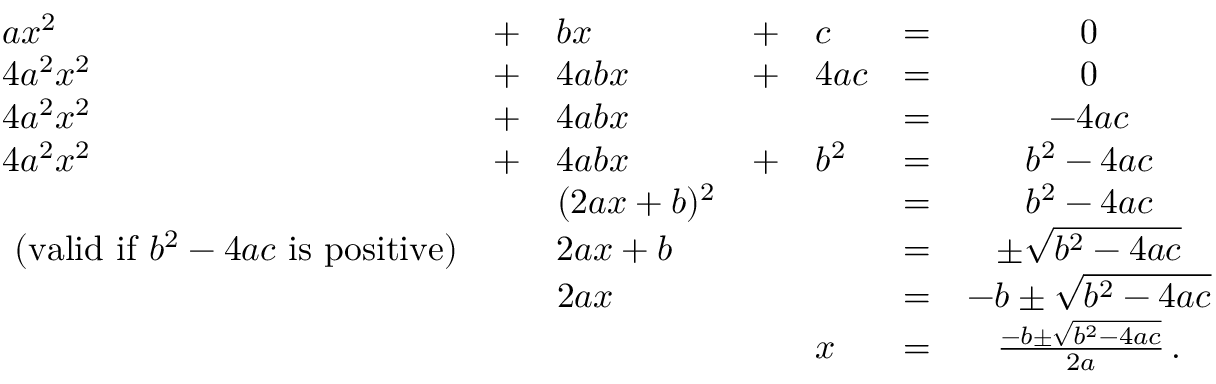
{ \begin{array} { l l l l l l c } { a x ^ { 2 } } & { + } & { b x } & { + } & { c } & { = } & { 0 } \\ { 4 a ^ { 2 } x ^ { 2 } } & { + } & { 4 a b x } & { + } & { 4 a c } & { = } & { 0 } \\ { 4 a ^ { 2 } x ^ { 2 } } & { + } & { 4 a b x } & & & { = } & { - 4 a c } \\ { 4 a ^ { 2 } x ^ { 2 } } & { + } & { 4 a b x } & { + } & { b ^ { 2 } } & { = } & { b ^ { 2 } - 4 a c } \\ & & { ( 2 a x + b ) ^ { 2 } } & & & { = } & { b ^ { 2 } - 4 a c } \\ { { \mathrm { ~ ( v a l i d ~ i f ~ } } b ^ { 2 } - 4 a c { \mathrm { ~ i s ~ p o s i t i v e ) } } } & & { 2 a x + b } & & & { = } & { \pm { \sqrt { b ^ { 2 } - 4 a c } } } \\ & & { 2 a x } & & & { = } & { - b \pm { \sqrt { b ^ { 2 } - 4 a c } } } \\ & & & & { x } & { = } & { { \frac { - b \pm { \sqrt { b ^ { 2 } - 4 a c } } } { 2 a } } \, . } \\ { \, } \end{array} }